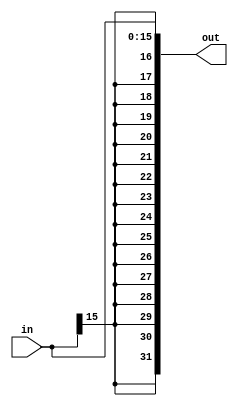
module extend(
        input [15:0]in,
        output [31:0]out
    );
	 
    assign out = {{16{in[15]}}, in[15:0]};

endmodule